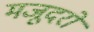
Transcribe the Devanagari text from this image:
मजूदरों